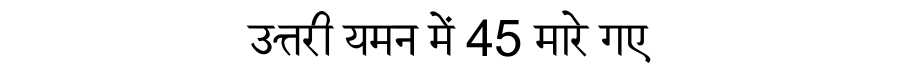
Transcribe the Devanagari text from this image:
उत्तरी यमन में 45 मारे गए